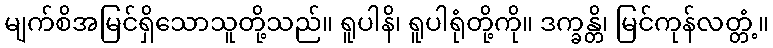
မျက်စိအမြင်ရှိသောသူတို့သည်။ ရူပါနိ၊ ရူပါရုံတို့ကို။ ဒက္ခန္တိ၊ မြင်ကုန်လတ္တံ့။